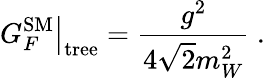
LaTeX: \left.G_{F}^{\mathrm{SM}}\right\vert_{\mathrm{tree}}=\frac{g^{2}}{4\sqrt{2}m_{W}^{2}}\ .